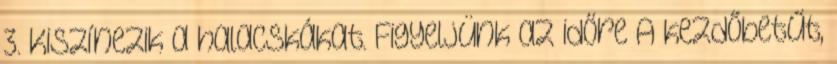
3. Kiszínezik a halacskákat. Figyeljünk az időre A kezdőbetűt,